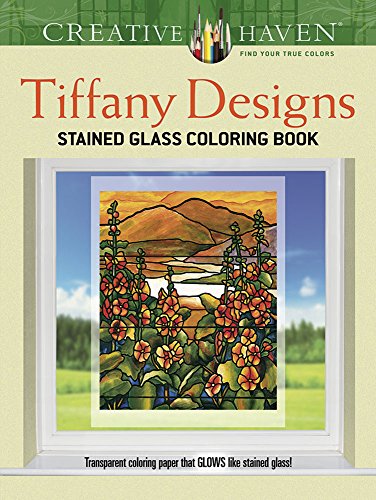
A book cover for Creative Haven Tiffany Designs Stained Glass Coloring Book (Creative Haven Coloring Books); A. G. Smith; Crafts, Hobbies & Home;